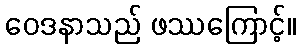
ဝေဒနာသည် ဖဿကြောင့်။